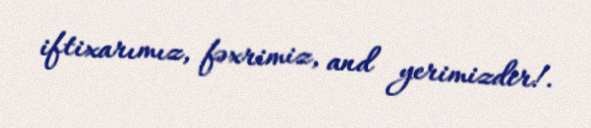
iftixarımız, fəxrimiz, and yerimizdir!.